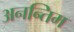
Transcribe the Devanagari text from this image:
अनन्तिम